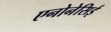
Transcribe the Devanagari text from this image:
एनोनेसिई